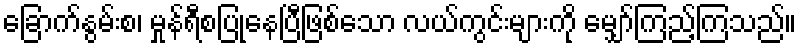
ခြောက်နွမ်းစ၊ မှုန်ရီစပြုနေပြီဖြစ်သော လယ်ကွင်းများကို မျှော်ကြည့်ကြသည်။